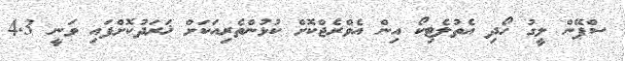
ސްޕޭން ލީގު ހޯދި އެތުލެޓިކޯ އިން އެވްރެޖްކޮށް ކުޅުންތެރިއަކަށް ޚަރަދުކޮށްފައި ވަނީ 4.3